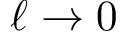
\ell \to 0